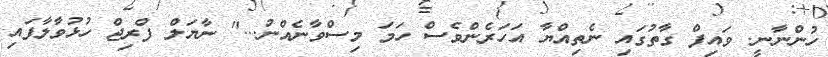
ހުންނާނީ. ވައިފް ގާތުގައި ނެތިއްޔާ އަހަރެންވެސް ހަމަ މިސްވާނެއްނު..." ނާޔަލް ފްރިޖް ހުޅުވާލާފައި